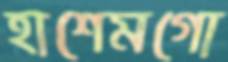
হাশেমগো